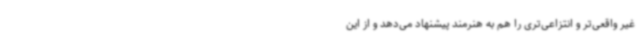
غیر واقعی‌تر و انتزاعی‌تری را هم به هنرمند پیشنهاد می‌دهد و از این